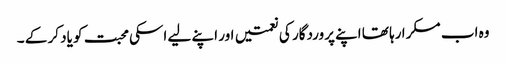
وہ اب مسکرا رہا تھا اپنے پروردگار کی نعمتیں اور اپنے لیے اسکی محبت کو یاد کر کے ۔